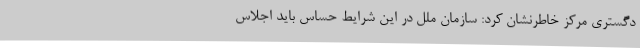
دگستری مرکز خاطرنشان کرد: سازمان ملل در این شرایط حساس باید اجلاس